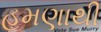
હમણાથી